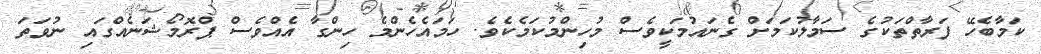
ކަމާބެހޭ ފަރާތްތަކުގެ ސަމާލުކަމަށް ގެނައުމަކީވެސް މުހިންމުކަމެކެވެ. ހަމައެހެންމެ ހިންގާ އެއްވެސް ޕްރޮމޯޝަނެއްގައި ނުވަތަ